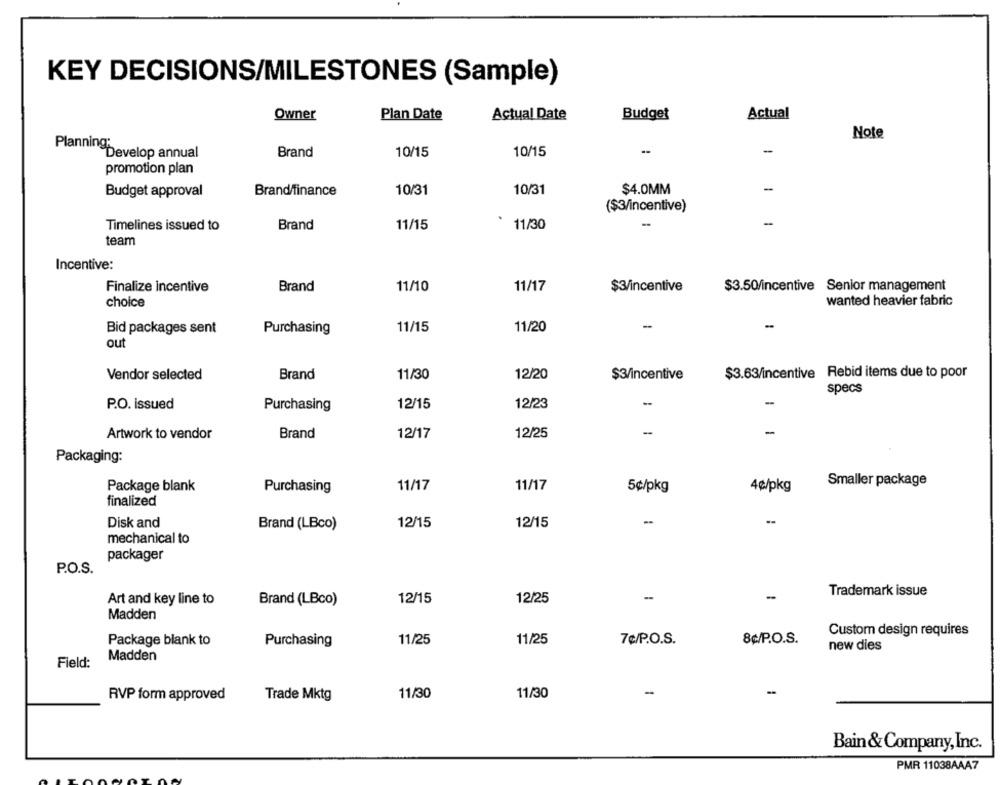
KEY DECISIONS/MILESTONES (Sample)
Owner
Plan Date
Actual Date
Budget
Actual
Note
-
PlanningDevelop annual
Brand
10/15
10/15
-
promotion plan
-
Budget approval
Brand/finance
10/31
10/31
$4.0MM
($3/incentive)
Timelines issued to
Brand
11/15
11/30
-
team
Incentive:
Finalize incentive
Brand
11/10
11/17
$3/incentive
$3.50/incentive Senior management
choice
wanted heavier fabric
Bid packages sent
Purchasing
11/15
11/20
-
-
out
Vendor selected
Brand
11/30
12/20
$3/incentive
$3.63/incentive Rebid items due to poor
specs
P.O. issued
Purchasing
12/15
12/23
--
-
-
Artwork to vendor
Brand
12/17
12/25
Packaging:
Package blank
11/17
11/17
4¢/pkg
Smaller package
Purchasing
5¢/pkg
finalized
Disk and
Brand (LBco)
12/15
12/15
mechanical to
packager
P.O.S.
-
Trademark issue
Art and key line to
Brand (LBco)
12/15
12/25
Madden
Custom design requires
Package blank to
Purchasing
11/25
11/25
7¢/P.O.S.
8¢/P.O.S.
new dies
Madden
Field:
RVP form approved
Trade Mktg
11/30
11/30
-
Bain& Company, Inc.
PMR 11038AAA7